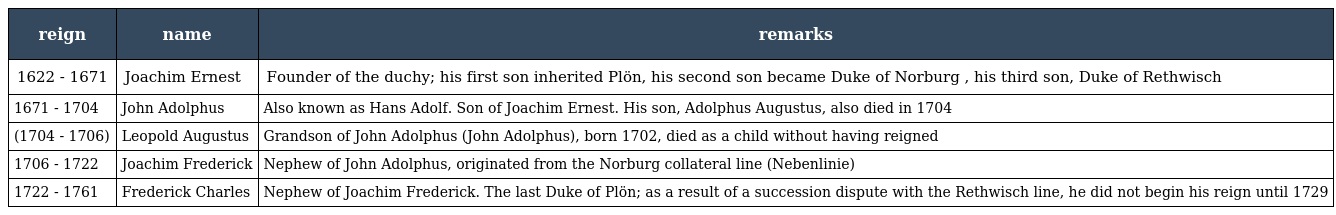
| reign | name | remarks |
 | --- | --- | --- |
 | 1622 - 1671 | Joachim Ernest | Founder of the duchy; his first son inherited Plön, his second son became Duke of Norburg , his third son, Duke of Rethwisch |
 | 1671 - 1704 | John Adolphus | Also known as Hans Adolf. Son of Joachim Ernest. His son, Adolphus Augustus, also died in 1704 |
 | (1704 - 1706) | Leopold Augustus | Grandson of John Adolphus (John Adolphus), born 1702, died as a child without having reigned |
 | 1706 - 1722 | Joachim Frederick | Nephew of John Adolphus, originated from the Norburg collateral line (Nebenlinie) |
 | 1722 - 1761 | Frederick Charles | Nephew of Joachim Frederick. The last Duke of Plön; as a result of a succession dispute with the Rethwisch line, he did not begin his reign until 1729 |